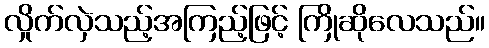
လှိုက်လှဲသည့်အကြည့်ဖြင့် ကြိုဆိုလေသည်။